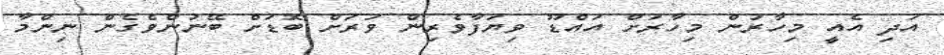
އަދި އެއީ މިހާރުން މިހާރަށް އައްޑޫ ވިޔަފާވެރިން ވަރަށް ބޮޑަށް ބޭނުންވެގެން ނިންމާ